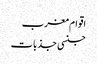
اقوام مغرب
جنسی جذبات